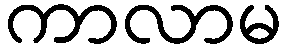
ကာလာမ